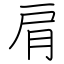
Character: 肩